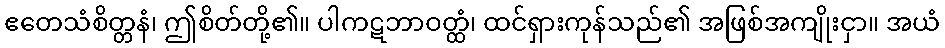
ဧတေသံစိတ္တနံ၊ ဤစိတ်တို့၏။ ပါကဋဘာဝတ္ထံ၊ ထင်ရှားကုန်သည်၏ အဖြစ်အကျိုးငှာ။ အယံ